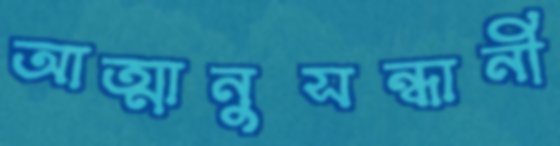
আত্মানুসন্ধানী